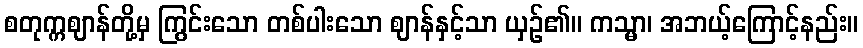
စတုက္ကဈာန်တို့မှ ကြွင်းသော တစ်ပါးသော ဈာန်နှင့်သာ ယှဉ်၏။ ကသ္မာ၊ အဘယ့်ကြောင့်နည်း။